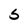
Character: S